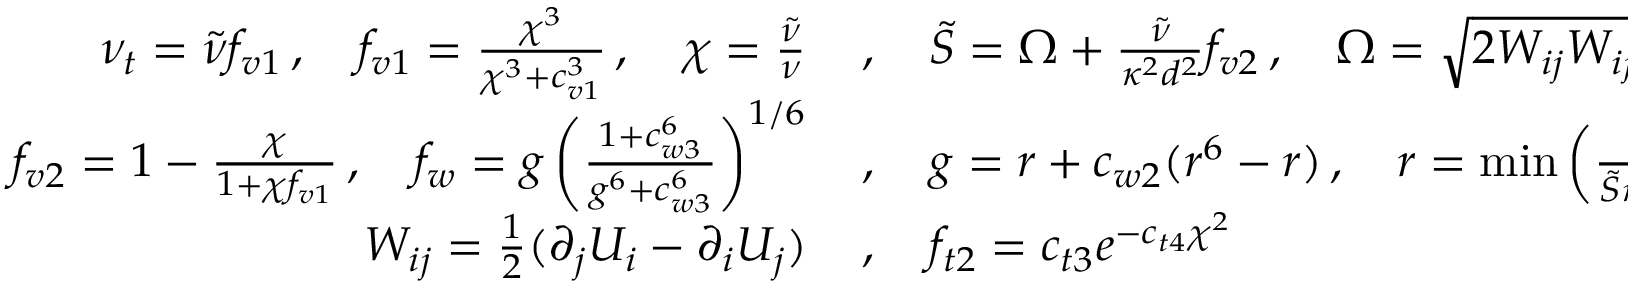
\begin{array} { r l } { \nu _ { t } = \Tilde { \nu } f _ { v 1 } \, , \quad f _ { v 1 } = \frac { \chi ^ { 3 } } { \chi ^ { 3 } + c _ { v 1 } ^ { 3 } } \, , \quad \chi = \frac { \Tilde { \nu } } { \nu } \, } & { { } , \quad \Tilde { S } = \Omega + \frac { \Tilde { \nu } } { \kappa ^ { 2 } d ^ { 2 } } f _ { v 2 } \, , \quad \Omega = \sqrt { 2 W _ { i j } W _ { i j } } \, , } \\ { f _ { v 2 } = 1 - \frac { \chi } { 1 + \chi f _ { v 1 } } \, , \quad f _ { w } = g \left( \frac { 1 + c _ { w 3 } ^ { 6 } } { g ^ { 6 } + c _ { w 3 } ^ { 6 } } \right) ^ { 1 / 6 } \, } & { { } , \quad g = r + c _ { w 2 } ( r ^ { 6 } - r ) \, , \quad r = \operatorname* { m i n } \left( \frac { \Tilde { \nu } } { \Tilde { S } \kappa ^ { 2 } d ^ { 2 } } , 1 0 \right) } \\ { W _ { i j } = \frac { 1 } { 2 } ( \partial _ { j } U _ { i } - \partial _ { i } U _ { j } ) \, } & { { } , \quad f _ { t 2 } = c _ { t 3 } e ^ { - c _ { t 4 } \chi ^ { 2 } } } \end{array}